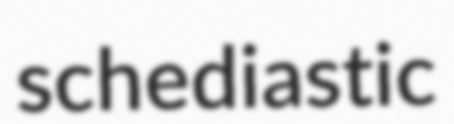
schediastic